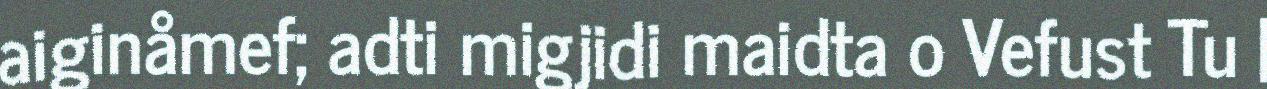
aiginåmef; adti migjidi maidta o Vefust Tu |